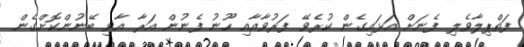
ފަތްޕިލާވެލި ފެނަށް އަޅައިގެން ކުރެވޭ ފަރުވާއާއި ހޫނު ފެނުން އަރާ އާވި ބޭނުންކޮށްގެން